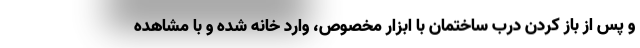
و پس از باز کردن درب ساختمان با ابزار مخصوص، وارد خانه شده و با مشاهده